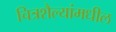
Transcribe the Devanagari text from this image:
चित्रशैल्यांमधील